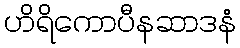
ဟိရိကောပီနဆာဒနံ